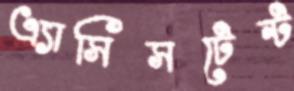
এ্যাসিসটেন্ট